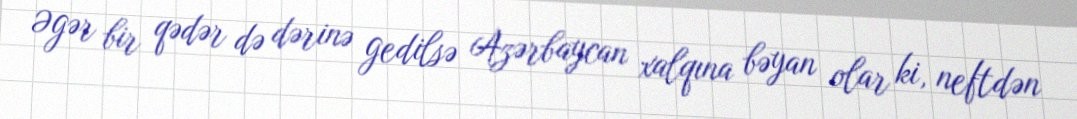
Əgər bir qədər də dərinə gedilsə Azərbaycan xalqına bəyan olar ki, neftdən